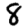
Digit: 8